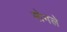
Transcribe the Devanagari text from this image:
मोगले